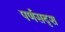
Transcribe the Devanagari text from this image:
पर्णसदृश